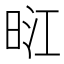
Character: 𭥺